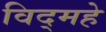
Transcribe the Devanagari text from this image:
विद्‌महे